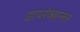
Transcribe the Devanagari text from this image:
डायरेक्शनल